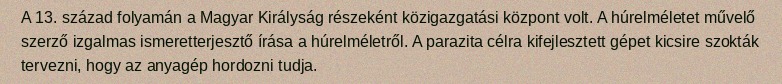
A 13. század folyamán a Magyar Királyság részeként közigazgatási központ volt. A húrelméletet művelő szerző izgalmas ismeretterjesztő írása a húrelméletről. A parazita célra kifejlesztett gépet kicsire szokták tervezni, hogy az anyagép hordozni tudja.